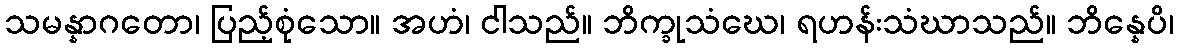
သမန္နာဂတော၊ ပြည့်စုံသော။ အဟံ၊ ငါသည်။ ဘိက္ခုသံဃေ၊ ရဟန်းသံဃာသည်။ ဘိန္နေပိ၊